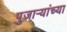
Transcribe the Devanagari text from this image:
पुजाऱ्यांच्या